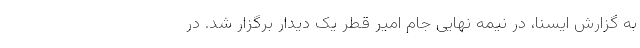
به گزارش ایسنا، در نیمه نهایی جام امیر قطر یک دیدار برگزار شد. در